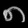
Digit: ၈